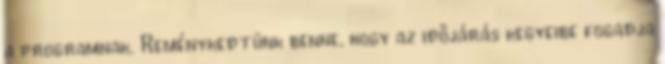
a programnak. Reménykedtünk benne, hogy az időjárás kegyeibe fogadja